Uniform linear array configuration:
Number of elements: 64
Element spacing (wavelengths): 0.75
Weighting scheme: exponential
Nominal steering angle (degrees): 45
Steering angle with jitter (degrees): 45.641
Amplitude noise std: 0.05
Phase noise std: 0.05

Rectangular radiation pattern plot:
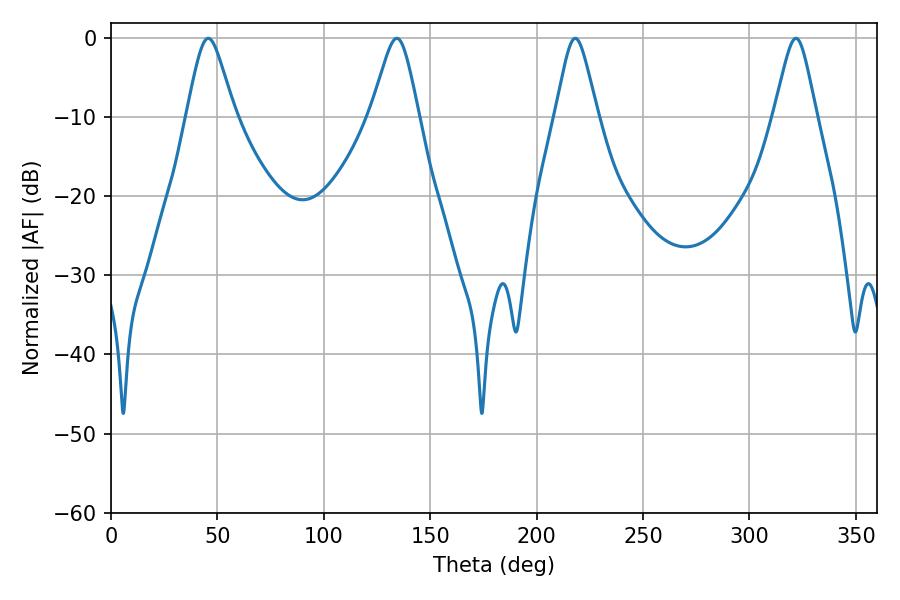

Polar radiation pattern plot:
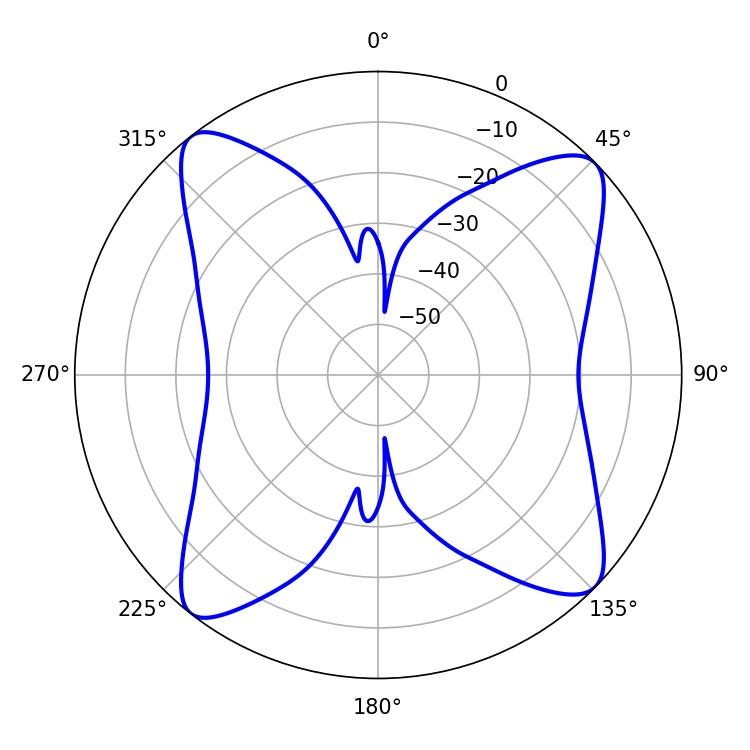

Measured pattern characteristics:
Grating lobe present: TRUE
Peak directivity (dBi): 13.547
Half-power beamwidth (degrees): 9.54
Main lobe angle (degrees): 321.84